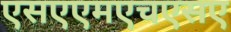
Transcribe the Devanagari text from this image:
एसएएमएचएसए